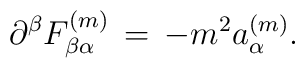
\partial^{\beta}F_{\beta\alpha}^{(m)}  \, = \,  -m^2 a_{\alpha}^{(m)}.